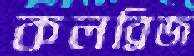
কলব্রিজ